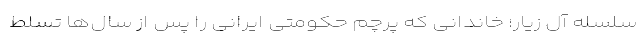
سلسله آل زیار؛ خاندانی که پرچم حکومتی ایرانی را پس از سال‌ها تسلط